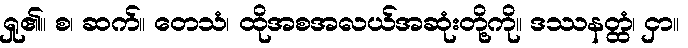
ရှု၏။ စ၊ ဆက်။ တေသံ၊ ထိုအစအလယ်အဆုံးတို့ကို။ ဒဿနတ္ထံ၊ ငှာ။